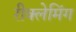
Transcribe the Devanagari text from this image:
रीक्लेमिंग